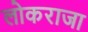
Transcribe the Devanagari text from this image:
लोकराजा